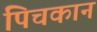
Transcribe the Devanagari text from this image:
पिचकान